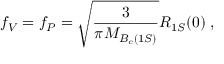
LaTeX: f _ { V } = f _ { P } = \sqrt { \frac { 3 } { \pi M _ { B _ { c } ( 1 S ) } } } R _ { 1 S } ( 0 ) \; ,